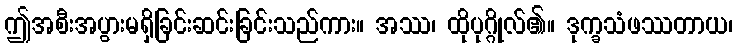
ဤအစီးအပွားမရှိခြင်းဆင်းခြင်းသည်ကား။ အဿ၊ ထိုပုဂ္ဂိုလ်၏။ ဒုက္ခသံဖဿတာယ၊